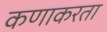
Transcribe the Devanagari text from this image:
कणाकरता